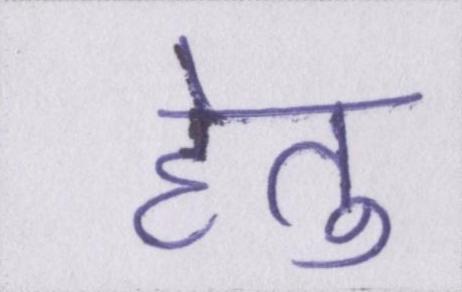
हेतु